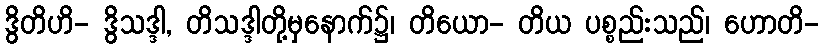
ဒွိတိဟိ- ဒွိသဒ္ဒါ, တိသဒ္ဒါတို့မှနောက်၌၊ တိယော- တိယ ပစ္စည်းသည်၊ ဟောတိ-